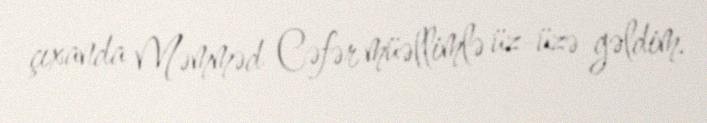
çıxanda Məmməd Cəfər müəllimlə üz-üzə gəldim.